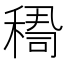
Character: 𥠫